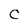
Character: C